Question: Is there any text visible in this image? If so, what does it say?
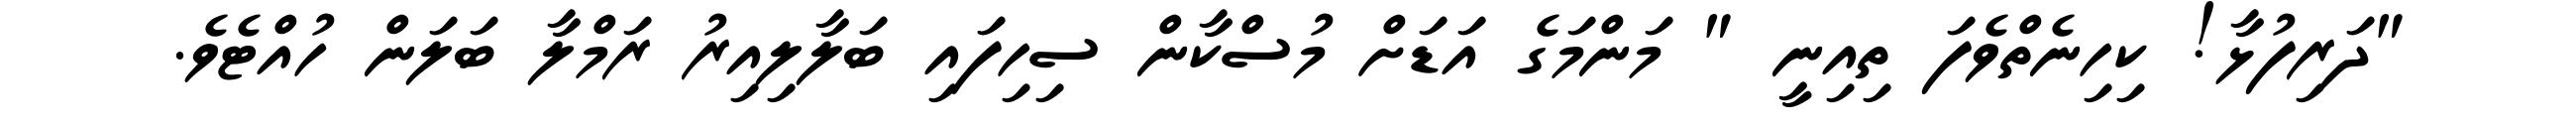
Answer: "ދަރިފުޅާ! ކިހިނެތްވެފަ ތިއިނީ " މަންމަގެ އަޑަށް މުސްކާން ސިހިފައި ބަލާލިއިރު ރަމްލާ ބަލަން ހުއްޓެވެ.